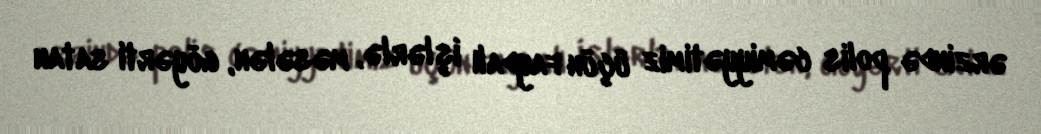
ərzində polis cəmiyyətimiz üçün faydalı işlərlə, məsələn, göyərti satan